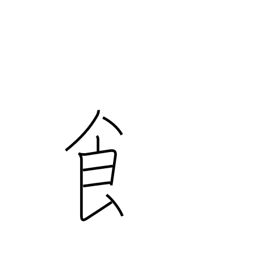
Meaning: radical number 184